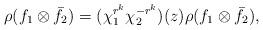
LaTeX: \begin{align*} \rho(f_1\otimes \bar{f}_2)=(\chi_1^{r^k}\chi_2^{-r^k})(z)\rho(f_1\otimes \bar{f}_2), \end{align*}